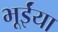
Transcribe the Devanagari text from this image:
भूईंया